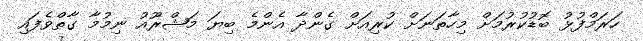
ހަރަމްފުޅު ބޮޑުކުރުމަށް މިހާތަނަށް ކުރިއަށް ގެންދާ އެންމެ ބިޔަ މަޝްރޫއު ނިމުމާ ގާތްވެފައި